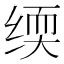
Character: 𬘰